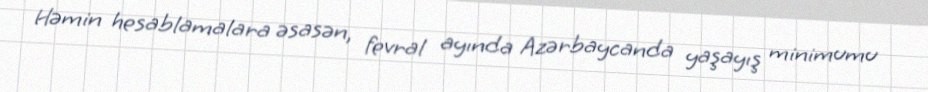
Həmin hesablamalara əsasən, fevral ayında Azərbaycanda yaşayış minimumu